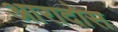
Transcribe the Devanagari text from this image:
आरादोस